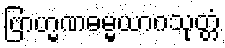
ဗြာဟ္မဏဓမ္မယာဂသုတ္တံ